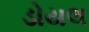
ડોયલ